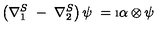
\left( \nabla _ { 1 } ^ { S } \ - \ \nabla _ { 2 } ^ { S } \right) \psi \ = \i \alpha \otimes \psi